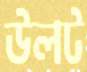
উলট